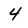
Character: 4